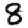
Digit: 8